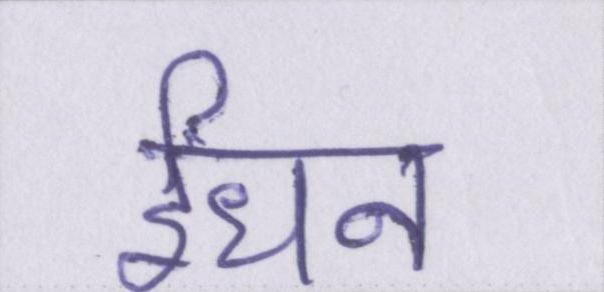
ईंधन